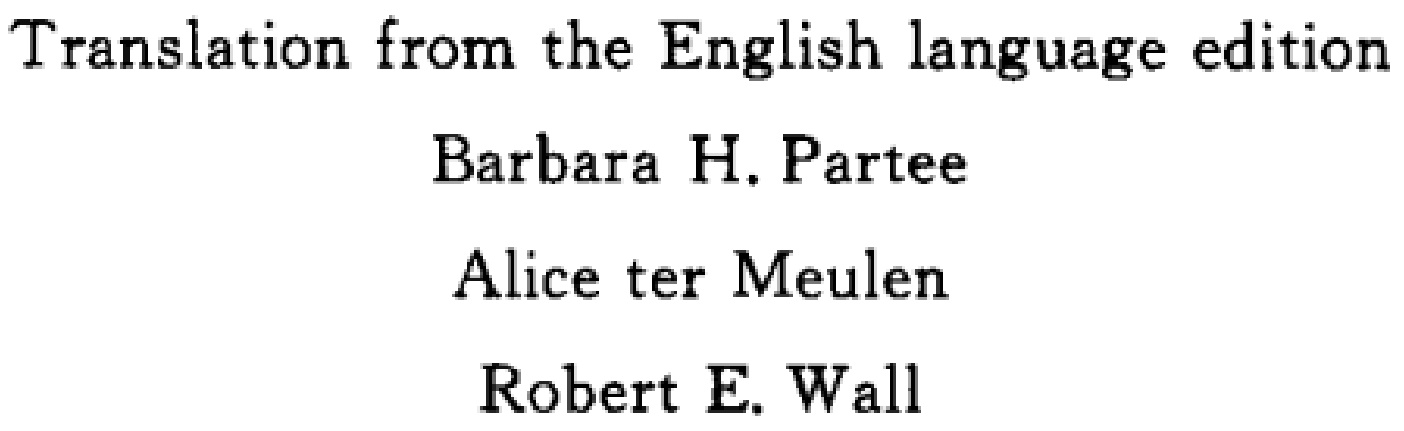
Translation from the English language edition

Barbara H. Partee

Alice ter Meulen

Robert E. Wall